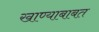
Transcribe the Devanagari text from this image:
खाण्याबाबत